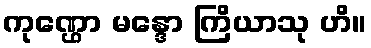
ကုဏ္ဌော မန္ဒော ကြိယာသု ဟိ။